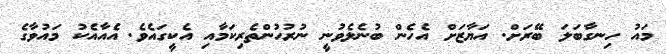
މައު ހިނގާބަލަ ބޭރަށް. އަޔާޒަށް އެހެން ބުނެލެވުނީ ނުރުހުންތެރިކަމާއި އެކީގައެވެ. އެއާއެކު މައުވާގެ